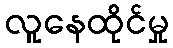
လူနေထိုင်မှု